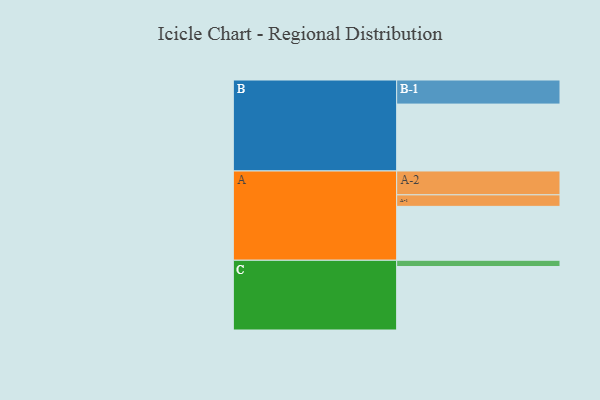
{"axis": {"x": "Segment", "y": "Value"}, "legend": ["", "A", "B", "C"], "data": [{"x": "A", "y": 472, "type": ""}, {"x": "B", "y": 586, "type": ""}, {"x": "C", "y": 556, "type": ""}, {"x": "A-1", "y": 101, "type": "A"}, {"x": "A-2", "y": 209, "type": "A"}, {"x": "B-1", "y": 211, "type": "B"}, {"x": "C-1", "y": 55, "type": "C"}]}